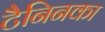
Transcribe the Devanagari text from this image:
टैनिनका